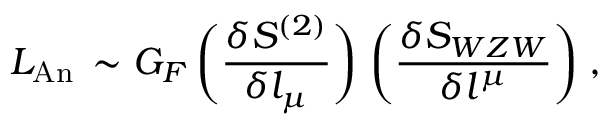
{ \cal { L } } _ { \mathrm { A n } } \, \sim G _ { F } \, \biggl ( \frac { \delta S ^ { ( 2 ) } } { \delta l _ { \mu } } \biggr ) \; \biggl ( \frac { \delta S _ { W Z W } } { \delta l ^ { \mu } } \biggr ) \; ,